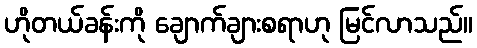
ဟိုတယ်ခန်းကို ချောက်ချားစရာဟု မြင်လာသည်။